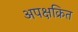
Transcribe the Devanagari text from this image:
अपक्षक्रित